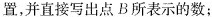
置，并直接写出点B所表示的数；